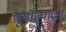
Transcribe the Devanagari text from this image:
पूयोत्पादन